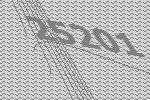
25201